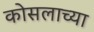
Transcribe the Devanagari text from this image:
कोसलाच्या